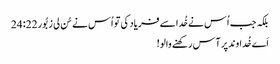
بلکہ جب اُس نے خُدا سے فریاد کی تو اُس نے سُن لی زبُور 22: 24
اَے خُداوند پر آس رکھنے والو!